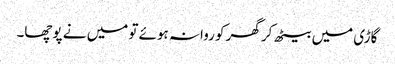
گاڑی میں بیٹھ کر گھر کو روانہ ہوئے تو میں نے پوچھا۔